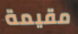
مقيمة